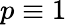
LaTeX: p\equiv 1